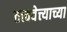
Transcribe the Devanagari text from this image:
तत्त्ववेत्त्याच्या